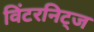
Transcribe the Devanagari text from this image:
विंटरनिट्ज